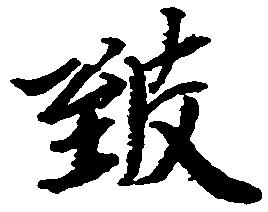
致